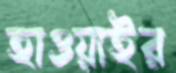
হাওয়াইর